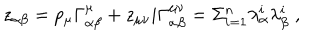
LaTeX: z _ { \alpha \beta } = p _ { \mu } \Gamma _ { \alpha \beta } ^ { \mu } + z _ { \mu \nu } i \Gamma _ { \alpha \beta } ^ { \mu \nu } = \Sigma _ { i = 1 } ^ { n } \lambda _ { \alpha } ^ { i } \lambda _ { \beta } ^ { i } \; ,